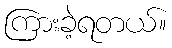
ကြားခဲ့ရတယ်။